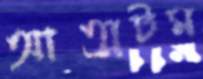
আত্মটম